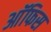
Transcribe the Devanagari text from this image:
आॅफिस